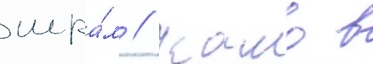
шра́м // Камо в